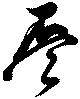
盃